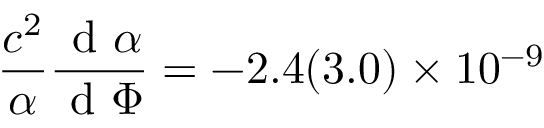
\frac { c ^ { 2 } } { \alpha } \frac { \textrm { d } \alpha } { \textrm { d } \Phi } = - 2 . 4 ( 3 . 0 ) \times 1 0 ^ { - 9 }